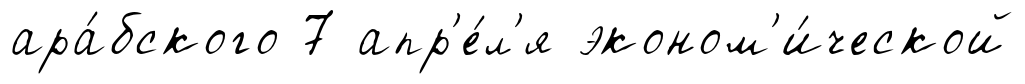
ара́бского 7 апр'е́л'я эконом'и́ческой